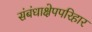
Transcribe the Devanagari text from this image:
संबंधाक्षेपपरिहार